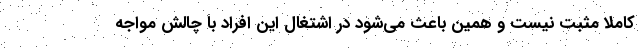
کاملا مثبت نیست و همین باعث می‌شود در اشتغال این افراد با چالش مواجه